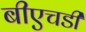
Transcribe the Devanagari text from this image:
बीएचडी